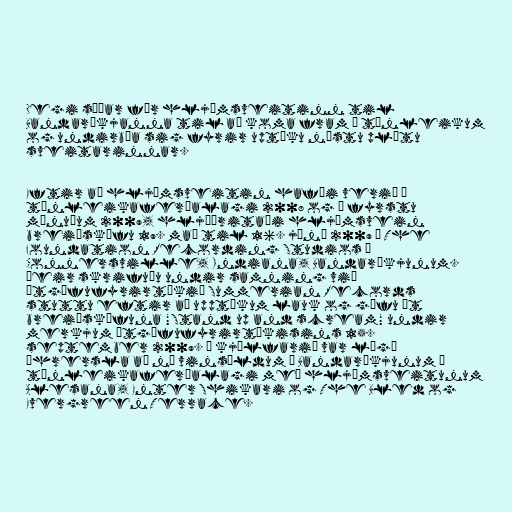
Degi síðar fór hljómsveitinn til
Bandaríkjanna til að koma fram á tónleikum
og undirbúa sig fyrir uptöku næstu plötu
sveitarinnar.

Eftir að hljómsveitin hafði verið á
tónleikaferðalagi 2008 og á fyrstu
mánuðum 2009, hljóðritaði hljómsvein
breiðskífu 19. maí til 16. júní 2009 í The
Foundation Recording Studios í
Connersville, Indiana, Bandaríkjunum.
Þeir skrifuðu undir samning við
útgáfufyrirtækið Summerian Records
stuttu eftir að upptökum lauk og gáfu út
breiðskífuna "Stand up and scream" undir
merkjum útgáfufyrirtækisins 15.
september 2009. Í kjölfarið var lögð
áhrersla að ná vinsældum í Bandaríkjunum í
tónleikaferðalagi með hljómsveitunum
Alesana, Enter Shikari og The Bled og
Evergreen Terrace.